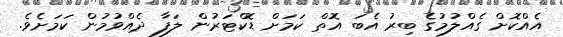
އެއްކޮށް ގެއްލުމުގެ ބިރު އެބަ އޮތް ކަމަށް ޑޮކްޓަރުން ލަފާ ދެއްވުމުން ކަމަށެވެ.